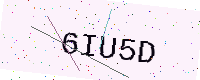
Text: 6IU5D